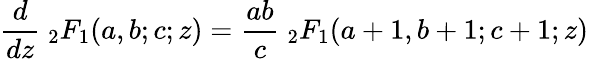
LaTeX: {\frac{d}{dz}}\ {}_{2}F_{1}(a,b;c;z)={\frac{ab}{c}}\ {}_{2}F_{1}(a+1,b+1;c+1;z)